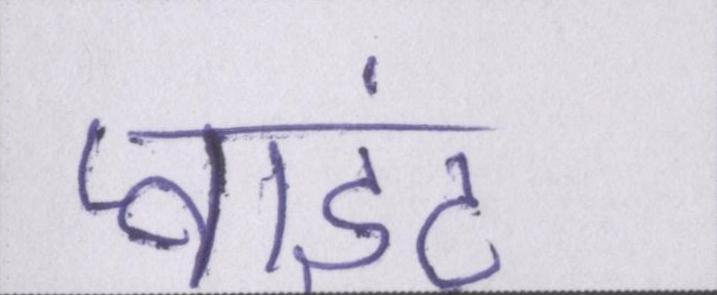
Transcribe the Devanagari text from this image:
प्वाइंट